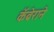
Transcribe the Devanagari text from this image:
कॅब्रेराने